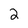
Character: 2